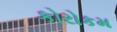
કોરોકમ